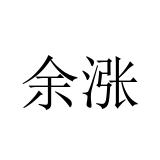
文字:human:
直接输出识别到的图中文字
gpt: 余涨